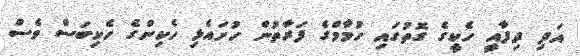
އަދި ދިފާއީ ހެކީގެ ގޮތުގައި ހުމާމްގެ ފަރާތުން ހުށައެޅި ހެކިންގެ ހެކިބަސް ވެސް